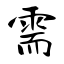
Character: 需